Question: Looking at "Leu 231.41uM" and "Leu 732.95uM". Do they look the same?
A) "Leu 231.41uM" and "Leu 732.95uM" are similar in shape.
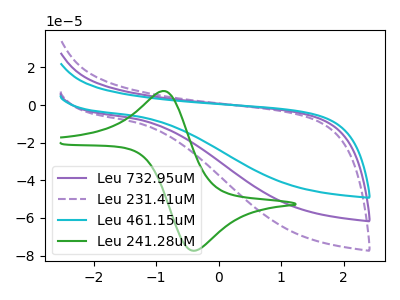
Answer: <think>The purple curve "Leu 732.95uM" has no peaks. The purple dashed curve "Leu 231.41uM" has no peaks. The cyan curve "Leu 461.15uM" has no peaks. The green curve "Leu 241.28uM" has an anodic peak at (-0.85V, 7.45uA) and a cathodic peak at (-0.40V, -77.45uA).
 Neither "Leu 231.41uM" or "Leu 732.95uM" have any peaks.</think>
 <answer>A) "Leu 231.41uM" and "Leu 732.95uM" are similar in shape.</answer>
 <eval>A</eval>